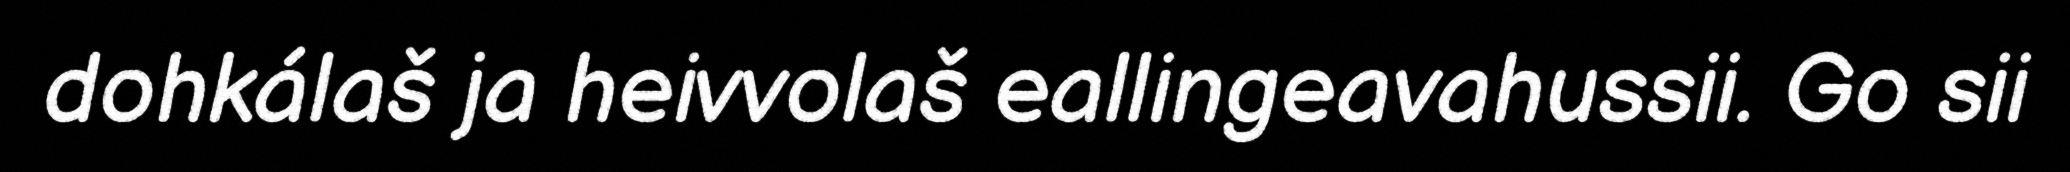
dohkálaš ja heivvolaš eallingeavahussii. Go sii